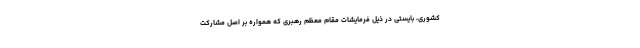
کشوری، بایستی در ذیل فرمایشات مقام معظم رهبری که همواره بر اصل مشارکت